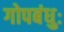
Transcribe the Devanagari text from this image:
गोपबंधुः